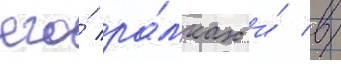
его́ ра́мках и́ в